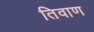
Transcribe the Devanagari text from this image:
तिवाण